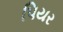
પિયર